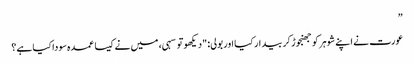
”
عورت نے اپنے شوہر کو جھنجوڑ کر بیدار کیا اور بولی: "دیکھو تو سہی، میں نے کیسا عمدہ سودا کیا ہے؟